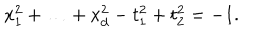
LaTeX: x _ { 1 } ^ { 2 } + \ldots + x _ { d } ^ { 2 } - t _ { 1 } ^ { 2 } + t _ { 2 } ^ { 2 } = - 1 .